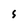
Character: S